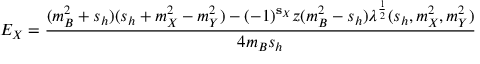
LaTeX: E _ { X } = { \frac { ( m _ { B } ^ { 2 } + s _ { h } ) ( s _ { h } + m _ { X } ^ { 2 } - m _ { Y } ^ { 2 } ) - ( - 1 ) ^ { { \bf s } _ { X } } z ( m _ { B } ^ { 2 } - s _ { h } ) \lambda ^ { \frac { 1 } { 2 } } ( s _ { h } , m _ { X } ^ { 2 } , m _ { Y } ^ { 2 } ) } { 4 m _ { B } s _ { h } } }